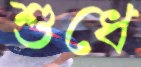
শুধে